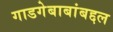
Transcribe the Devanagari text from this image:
गाडगेबाबांबद्दल